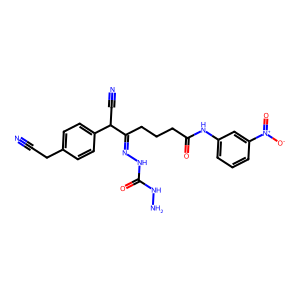
SMILES: N#CCc1ccc(C(C#N)C(CCCC(=O)Nc2cccc([N+](=O)[O-])c2)=NNC(=O)NN)cc1
Inhibits HIV replication: No